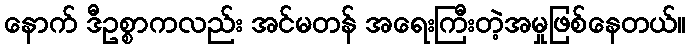
နောက် ဒီဥစ္စာကလည်း အင်မတန် အရေးကြီးတဲ့အမှုဖြစ်နေတယ်။